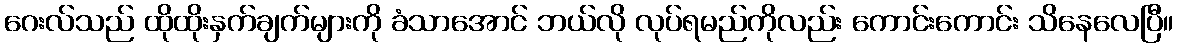
ဂေးလ်သည် ထိုထိုးနှက်ချက်များကို ခံသာအောင် ဘယ်လို လုပ်ရမည်ကိုလည်း ကောင်းကောင်း သိနေလေပြီ။